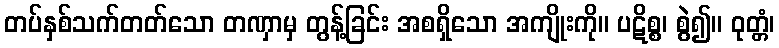
တပ်နှစ်သက်တတ်သော တဏှာမှ တွန့်ခြင်း အစရှိသော အကျိုးကို။ ပဋိစ္စ၊ စွဲ၍။ ဝုတ္တံ၊